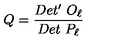
Q = { \frac { D e t ^ { \prime } \ O _ { \ell } } { D e t \ P _ { \ell } } }